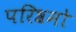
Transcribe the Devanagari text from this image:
परिश्रमो